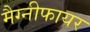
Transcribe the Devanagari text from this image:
मैग्नीफायर